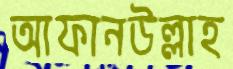
আফানউল্লাহ